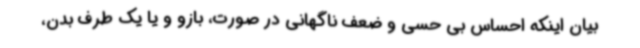
بیان اینکه احساس بی حسی و ضعف ناگهانی در صورت، بازو و یا یک طرف بدن،